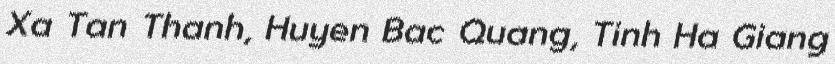
Xa Tan Thanh, Huyen Bac Quang, Tinh Ha Giang